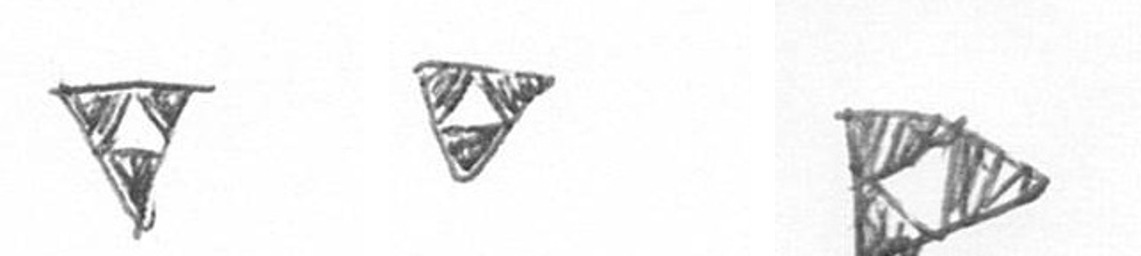
S S K